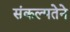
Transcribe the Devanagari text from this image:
संकल्पतेने